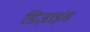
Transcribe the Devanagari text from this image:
डिज़ाइंस